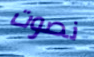
نصوت